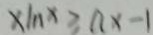
x \ln x \geq n x - 1